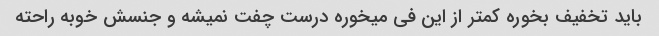
باید تخفیف بخوره کمتر از این فی میخوره درست چفت نمیشه و جنسش خوبه راحته